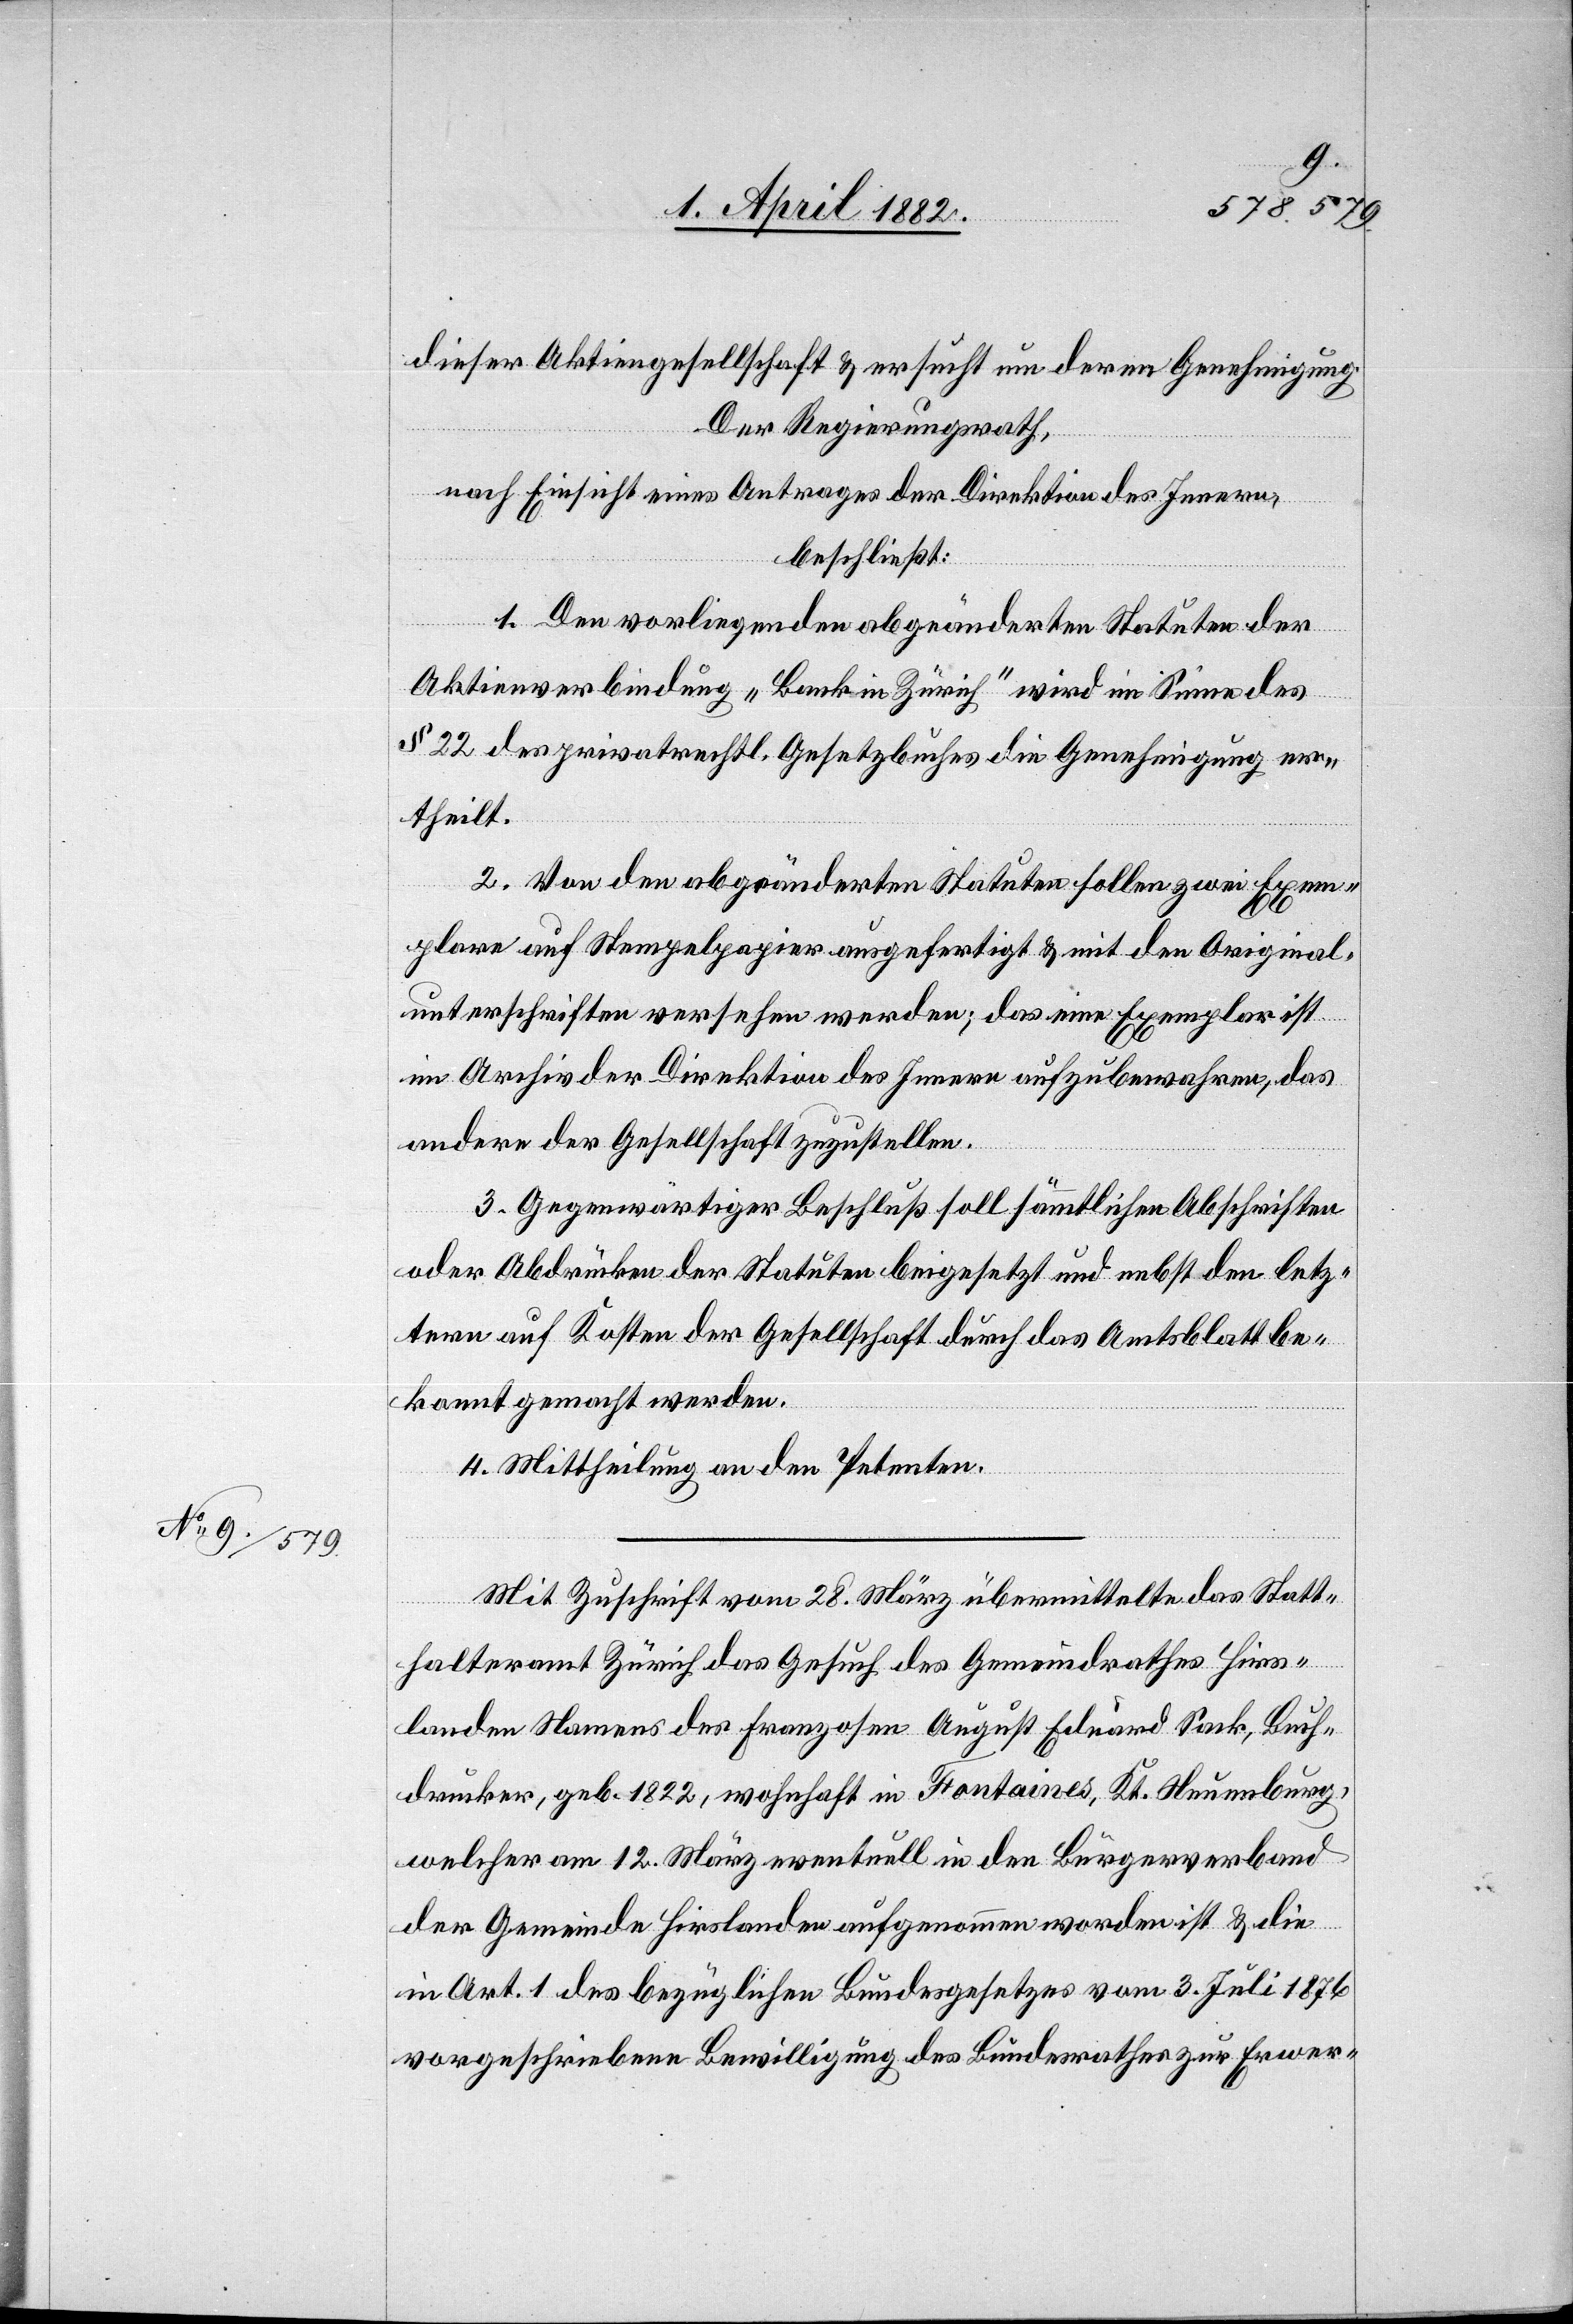
dieser Aktiengesellschaft & ersucht um deren Genehmigung.
Der Regierungsrath,
nach Einsicht eines Antrages der Direktion des Innern,
beschließt:
1. Den vorliegenden abgeänderten Statuten der
Aktienverbindung „Bank in Zürich“ wird im Sinne des
§ 22 des privatrechtl. Gesetzbuches die Genehmigung er¬
theilt.
2. Von den abgeänderten Statuten sollen zwei Exem¬
plare auf Stempelpapier ausgefertigt & mit den Original¬
unterschriften versehen werden; das eine Exemplar ist
im Archiv der Direktion des Innern aufzubewahren, das
andere der Gesellschaft zuzustellen.
3. Gegenwärtiger Beschluß soll sämmtlichen Abschriften
oder Abdrücken der Statuten beigesetzt und nebst den letz¬
tern auf Kosten der Gesellschaft durch das Amtsblatt be¬
kannt gemacht werden.
4. Mittheilung an den Petenten.
Mit Zuschrift vom 28. März übermittelte das Statt¬
halteramt Zürich das Gesuch des Gemeindrathes Hirs¬
landen Namens des Franzosen August Eduard Sack, Buch¬
drucker, geb. 1822, wohnhaft in Fontaines, Kt. Neuenburg,
welcher am 12. März eventuell in den Bürgerverband
der Gemeinde Hirslanden aufgenommen worden ist & die
in Art. 1 des bezüglichen Bundesgesetzes vom 3. Juli 1876
vorgeschriebene Bewilligung des Bundesrathes zur Erwer-